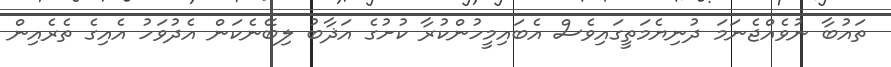
ތައުބާ ނުވެއްޖެނަމަ ދުނިޔެމަތީގައިވެސް އެބައިމީހުންކުރާ ކުށުގެ އަޛާބު ލިބޭނެކަން އެދުވަހު އެއިގެ ތެރެއިން